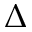
\Delta